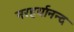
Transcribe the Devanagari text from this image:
नरहर्यानन्द